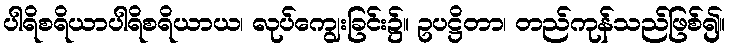
ပါရိစရိယာပါရိစရိယာယ၊ လုပ်ကျွေးခြင်း၌။ ဥပဋ္ဌိတာ၊ တည်ကုန်သည်ဖြစ်၍။